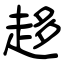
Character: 趍